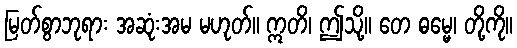
မြတ်စွာဘုရား အဆုံးအမ မဟုတ်။ ဣတိ၊ ဤသို့။ တေ ဓမ္မေ၊ တို့ကို။